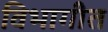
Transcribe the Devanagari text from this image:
विभागीत